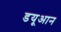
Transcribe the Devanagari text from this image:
डयूआन